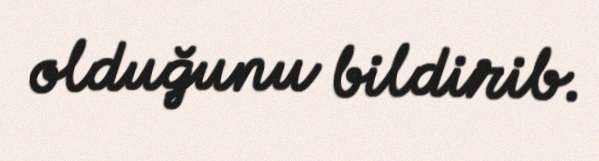
olduğunu bildirib.